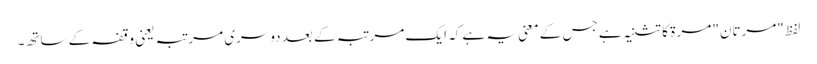
لفظ "مرتان" مرۃ کا تثنیہ ہے جس کے معنی یہ ہے کہ ایک مرتبہ کے بعد دوسری مرتبہ یعنی وقفہ کے ساتھ۔